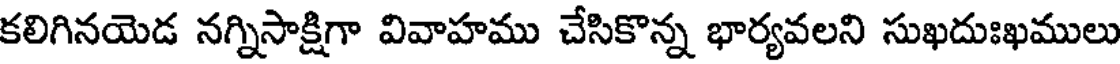
కలిగినయెడ నగ్నిసాక్షిగా వివాహము చేసికొన్న భార్యవలని సుఖదుఃఖములు